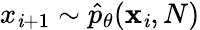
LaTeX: x_{\mathit{i}+1}\sim\hat{{p}}_{\theta}(\mathbf{{x}}_{\mathit{i}},N)